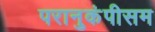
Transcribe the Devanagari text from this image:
परानुकंपीसम